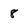
Character: 8